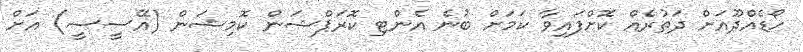
ހޯޑެއްދޫއަށް ދަތުރެއް ކޮށްފައިވާ ކަމަށް ބުނެ އެންޓި ކޮރަޕްޝަން ކޮމިޝަން (އޭސީސީ) އަށް